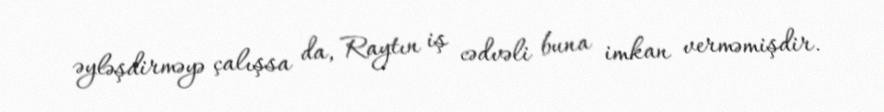
əyləşdirməyə çalışsa da, Raytın iş cədvəli buna imkan verməmişdir.